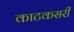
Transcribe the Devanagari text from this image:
काटकसरी